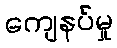
ကျေနပ်မှု